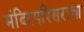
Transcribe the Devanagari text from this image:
मंदिरपरिसराचा